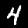
Label: 4